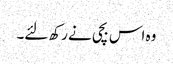
وہ اس بچی نے رکھ لئے۔